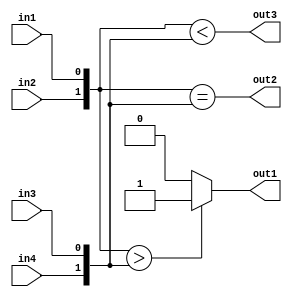
module COMPARATOR(in1,in2,in3,in4,out1,out2,out3);
	input in1,in2,in3,in4;
	output out1,out2,out3;
	reg out1,out2,out3;
		always@(in1 or in2 or in3 or in4)
			begin
				out3<={in2,in1}<{in4,in3}; // less than
				// greater than
			if ({in2,in1}>{in4,in3})
				out1<= 1;
					else
					out1<= 0;
				// equivalent to G={a1,a0}>{b1,b0};
				out2<={in2,in1}=={in4,in3}; //logical equality
				end
				endmodule